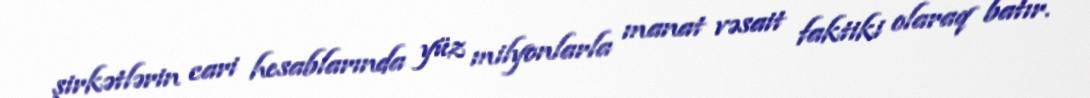
şirkətlərin cari hesablarında yüz milyonlarla manat vəsait faktiki olaraq batır.